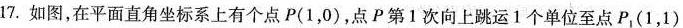
17.如图，在平面直角坐标系上有个点P(1，0)，点P第1次向上跳运1个单位至点P_{1}(1，1)